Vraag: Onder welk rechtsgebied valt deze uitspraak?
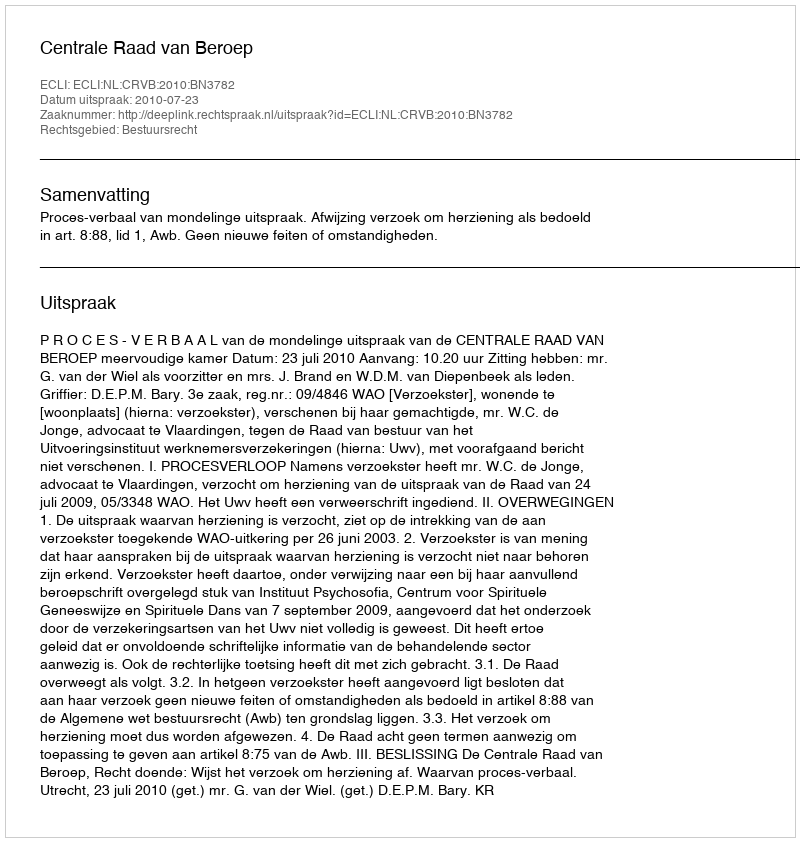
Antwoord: Bestuursrecht